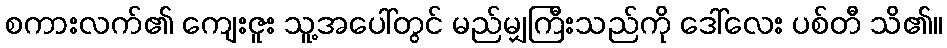
စကားလက်၏ ကျေးဇူး သူ့အပေါ်တွင် မည်မျှကြီးသည်ကို ဒေါ်လေး ပစ်တီ သိ၏။